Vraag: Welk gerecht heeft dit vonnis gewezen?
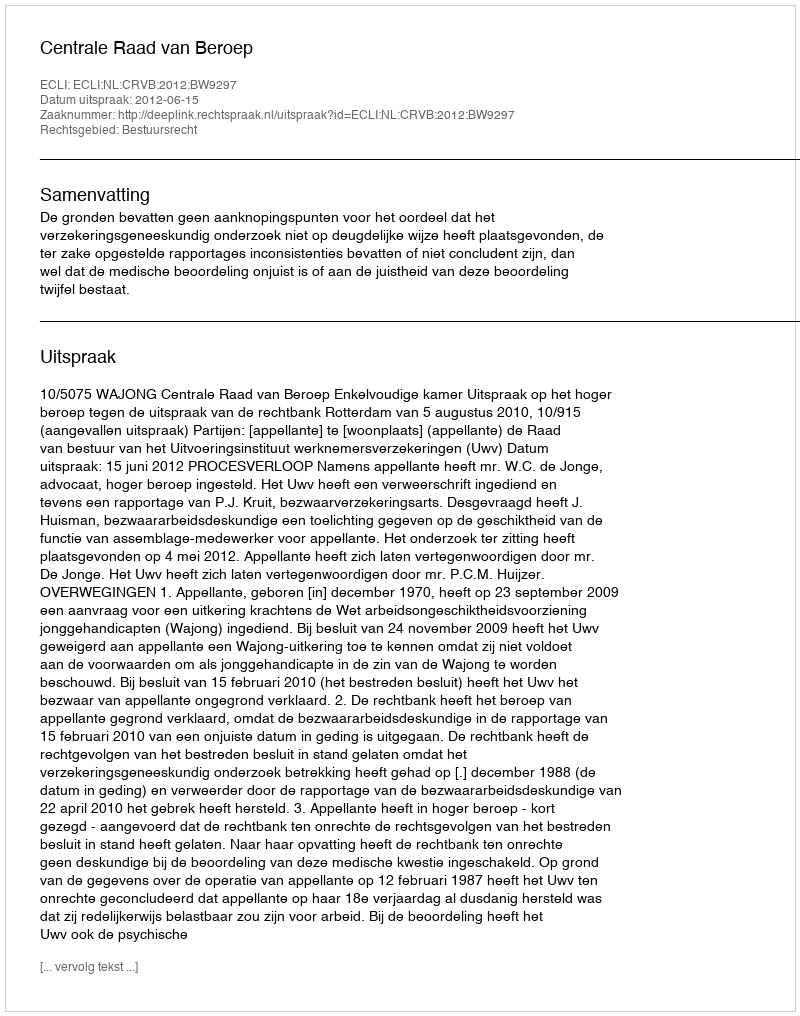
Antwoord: Centrale Raad van Beroep